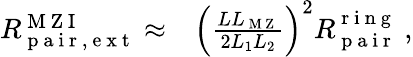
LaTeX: \begin{array}{rl}{R_{\mathrm{~p~a~i~r~,~e~x~t~}}^{\mathrm{~M~Z~I~}}\approx}&{{}\left(\frac{LL_{\mathrm{~M~Z~}}}{2L_{1}L_{2}}\right)^{2}R_{\mathrm{~p~a~i~r~}}^{\mathrm{~r~i~n~g~}}\ ,}\end{array}